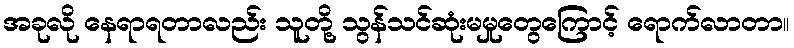
အခုလို နေရာရတာလည်း သူတို့ သွန်သင်ဆုံးမမှုတွေကြောင့် ရောက်လာတာ။